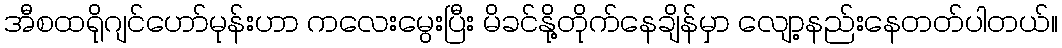
အီစထရိုဂျင်ဟော်မုန်းဟာ ကလေးမွေးပြီး မိခင်နို့တိုက်နေချိန်မှာ လျော့နည်းနေတတ်ပါတယ်။